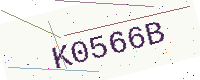
Text: K0566B